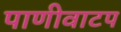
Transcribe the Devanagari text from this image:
पाणीवाटप